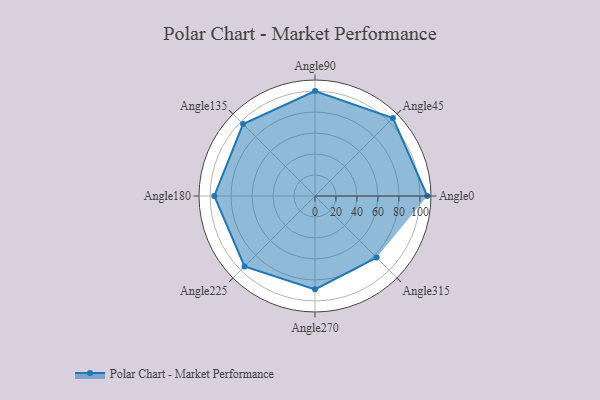
{"axis": {"x": "Angle", "y": "Radius"}, "legend": [""], "data": [{"x": "Angle0", "y": 107.0, "type": ""}, {"x": "Angle45", "y": 105.0, "type": ""}, {"x": "Angle90", "y": 100.0, "type": ""}, {"x": "Angle135", "y": 97.0, "type": ""}, {"x": "Angle180", "y": 96.0, "type": ""}, {"x": "Angle225", "y": 95.0, "type": ""}, {"x": "Angle270", "y": 89.0, "type": ""}, {"x": "Angle315", "y": 83.0, "type": ""}]}